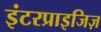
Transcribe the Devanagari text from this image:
इंटरप्राइजिज़